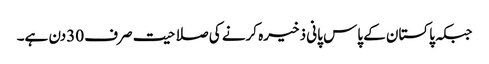
جبکہ پاکستان کے پاس پانی ذخیرہ کرنے کی صلاحیت صرف 30دن ہے۔